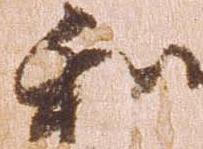
和